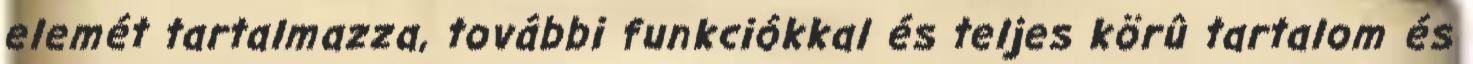
elemét tartalmazza, további funkciókkal és teljes körû tartalom és